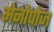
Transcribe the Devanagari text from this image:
मेनोपोज